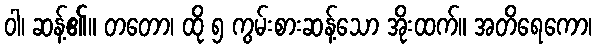
ဝါ၊ ဆန့်၏။ တတော၊ ထို ၅ ကွမ်းစားဆန့်သော အိုးထက်။ အတိရေကော၊